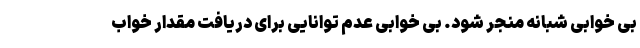
بی خوابی شبانه منجر شود. بی خوابی عدم توانایی برای دریافت مقدار خواب